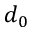
d _ { 0 }